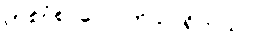
တစ်ငုံစာလောက်သာရှိတယ်။